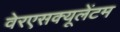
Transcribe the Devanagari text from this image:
वेरएसक्यूलेंटम